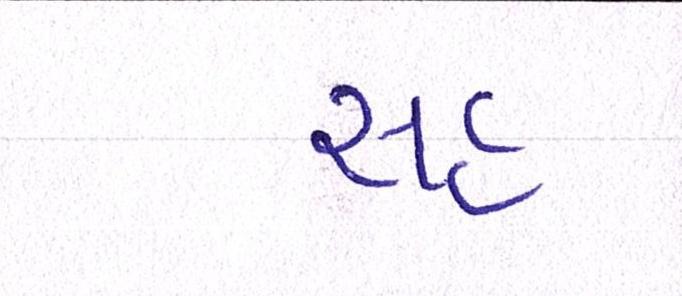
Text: સહુ